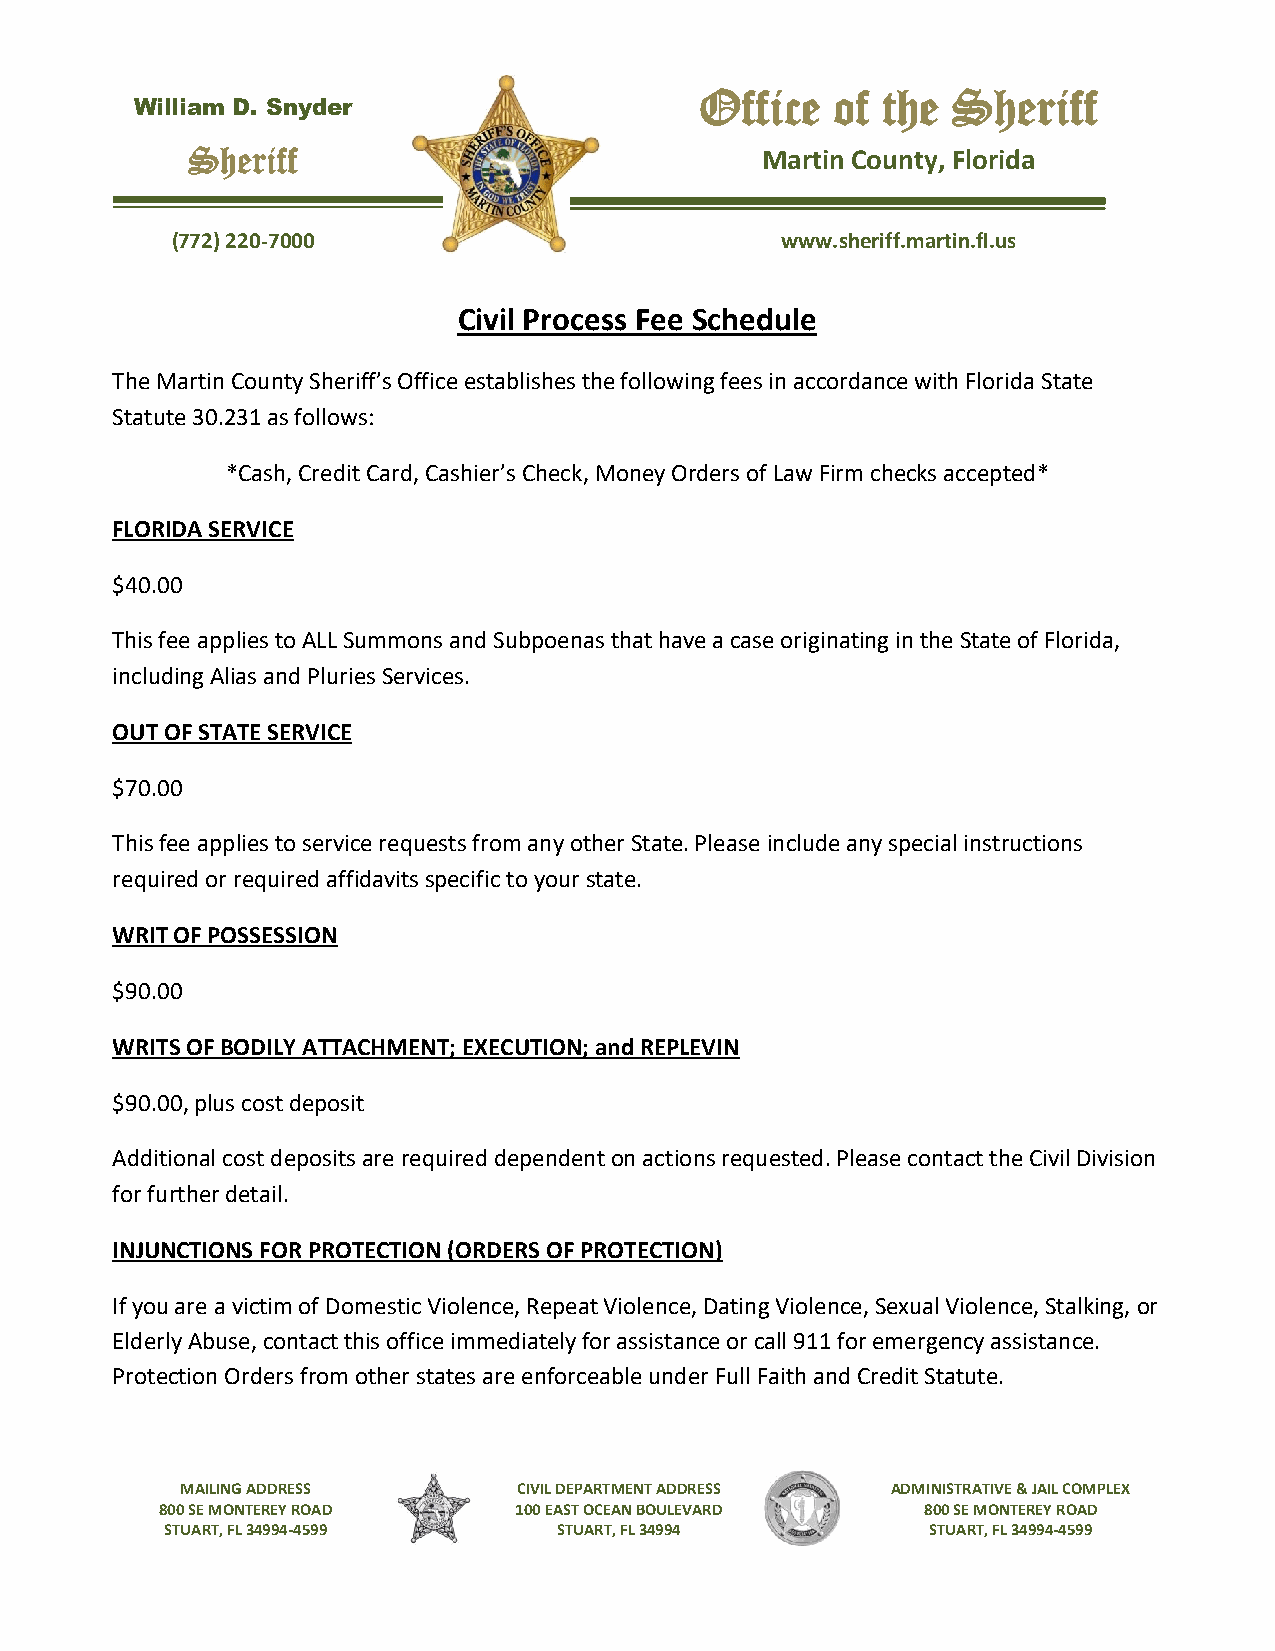
Office   of the  Sheriff
 William D. Snyder
 Sheriff                               Martin County, Florida
 (772) 220-7000                           www.sheriff.martin.fl.us
 Civil Process Fee Schedule
 The Martin County Sheriff’s Office establishes the following fees in accordance with Florida State
 Statute 30.231 as follows:
 *Cash, Credit Card, Cashier’s Check, Money Orders of Law Firm checks accepted*
 FLORIDA SERVICE
 $40.00
 This fee applies to ALL Summons and Subpoenas that have a case originating in the State of Florida,
 including Alias and Pluries Services.
 OUT OF STATE SERVICE
 $70.00
 This fee applies to service requests from any other State. Please include any special instructions
 required or required affidavits specific to your state.
 WRIT OF POSSESSION
 $90.00
 WRITS OF BODILY ATTACHMENT; EXECUTION; and REPLEVIN
 $90.00, plus cost deposit
 Additional cost deposits are required dependent on actions requested. Please contact the Civil Division
 for further detail.
 INJUNCTIONS FOR PROTECTION (ORDERS OF PROTECTION)
 If you are a victim of Domestic Violence, Repeat Violence, Dating Violence, Sexual Violence, Stalking, or
 Elderly Abuse, contact this office immediately for assistance or call 911 for emergency assistance.
 Protection Orders from other states are enforceable under Full Faith and Credit Statute.
 MAILING ADDRESS       CIVIL DEPARTMENT ADDRESS ADMINISTRATIVE & JAIL COMPLEX
 800 SE MONTEREY ROAD   100 EAST OCEAN BOULEVARD   800 SE MONTEREY ROAD
 STUART, FL 34994-4599     STUART, FL 34994         STUART, FL 34994-4599